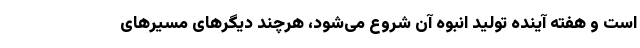
است و هفته آینده تولید انبوه آن شروع می‌شود، هرچند دیگرهای مسیرهای